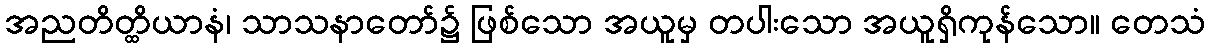
အညတိတ္ထိယာနံ၊ သာသနာတော်၌ ဖြစ်သော အယူမှ တပါးသော အယူရှိကုန်သော။ တေသံ